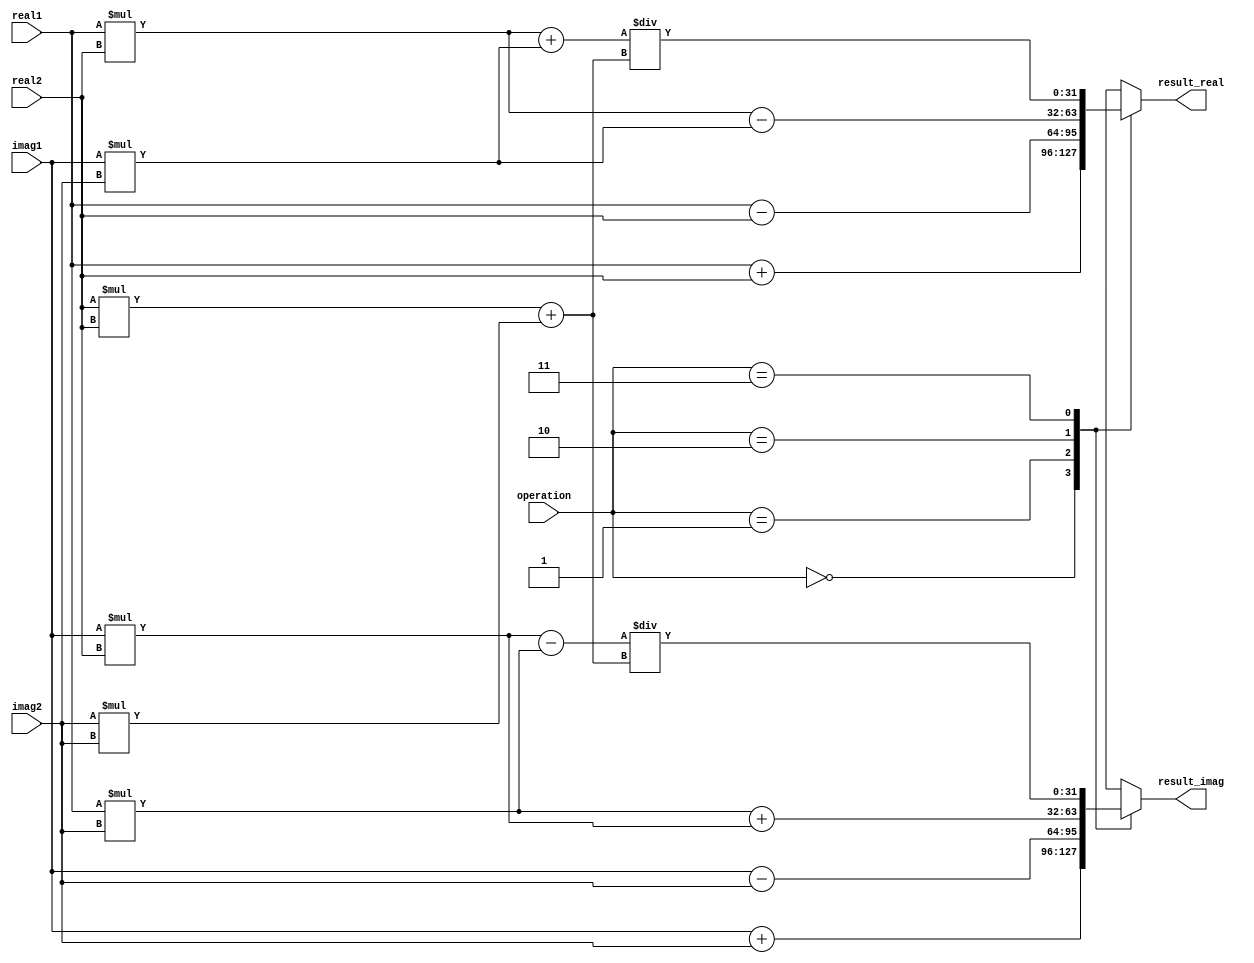
module Complex_ALU(
    input wire [31:0] real1,
    input wire [31:0] imag1,
    input wire [31:0] real2,
    input wire [31:0] imag2,
    input wire [1:0] operation, // 00: Addition, 01: Subtraction, 10: Multiplication, 11: Division
    output wire [31:0] result_real,
    output wire [31:0] result_imag
);

// Intermediate variables
wire [31:0] product_real, product_imag, quotient_real, quotient_imag;

// Arithmetic operations
assign product_real = real1 * real2 - imag1 * imag2; // (a + bi) * (c + di) = (ac - bd) + (ad + bc)i
assign product_imag = real1 * imag2 + imag1 * real2;
assign quotient_real = (real1 * real2 + imag1 * imag2) / (real2 * real2 + imag2 * imag2); // (a + bi) / (c + di) = ((ac + bd) + (bc - ad)i) / (c^2 + d^2)
assign quotient_imag = (imag1 * real2 - real1 * imag2) / (real2 * real2 + imag2 * imag2);

// Control logic for selecting operation
always @*
begin
    case(operation)
        2'b00: begin // Addition
            result_real = real1 + real2;
            result_imag = imag1 + imag2;
        end
        2'b01: begin // Subtraction
            result_real = real1 - real2;
            result_imag = imag1 - imag2;
        end
        2'b10: begin // Multiplication
            result_real = product_real;
            result_imag = product_imag;
        end
        2'b11: begin // Division
            result_real = quotient_real;
            result_imag = quotient_imag;
        end
        default: begin
            result_real = 0;
            result_imag = 0;
        end
    endcase
end

endmodule